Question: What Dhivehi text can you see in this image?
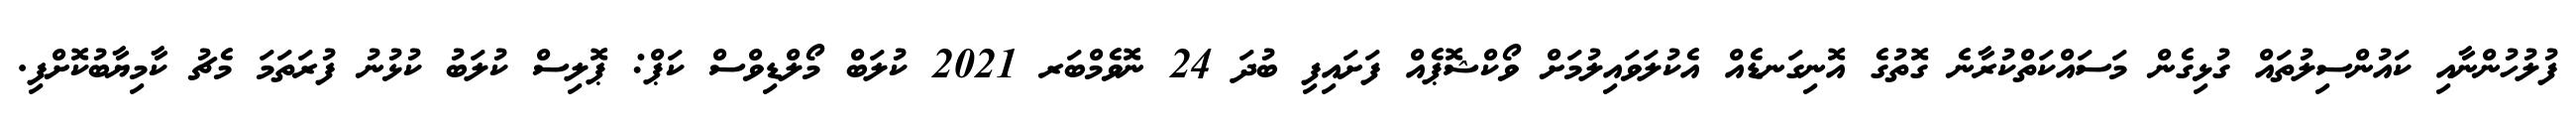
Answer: ފުލުހުންނާއި ކައުންސިލުތައް ގުޅިގެން މަސައްކަތްކުރާނެ ގޮތުގެ އޮނިގަނޑެއް އެކުލަވައިލުމަށް ވޯކްޝޮޕެއް ފަށައިފި ބުދަ 24 ނޮވެމްބަރ 2021 ކުލަބް މޯލްޑިވްސް ކަޕް: ޕޮލިސް ކުލަބު ކުޅުނު ފުރަތަމަ މެޗު ކާމިޔާބުކޮށްފި.